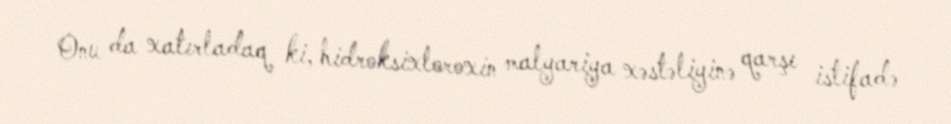
Onu da xatırladaq ki, hidroksixloroxin malyariya xəstəliyinə qarşı istifadə